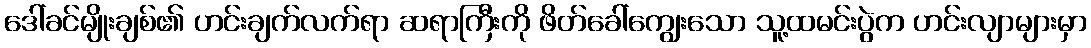
ဒေါ်ခင်မျိုးချစ်၏ ဟင်းချက်လက်ရာ ဆရာကြီးကို ဖိတ်ခေါ်ကျွေးသော သူ့ထမင်းပွဲက ဟင်းလျာများမှာ